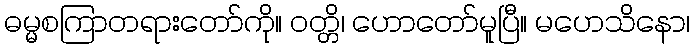
ဓမ္မစကြာတရားတော်ကို။ ဝတ္တိ၊ ဟောတော်မူပြီ။ မဟေသိနော၊